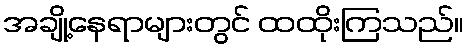
အချို့နေရာများတွင် ထထိုးကြသည်။